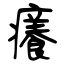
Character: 癢